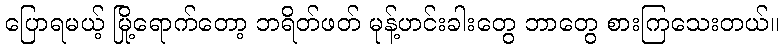
ပြောရမယ့် မြို့ရောက်တော့ ဘရိတ်ဖတ် မုန့်ဟင်းခါးတွေ ဘာတွေ စားကြသေးတယ်။